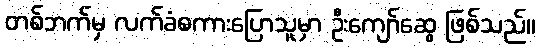
တစ်ဘက်မှ လက်ခံစကားပြောသူမှာ ဦးကျော်ဆွေ ဖြစ်သည်။